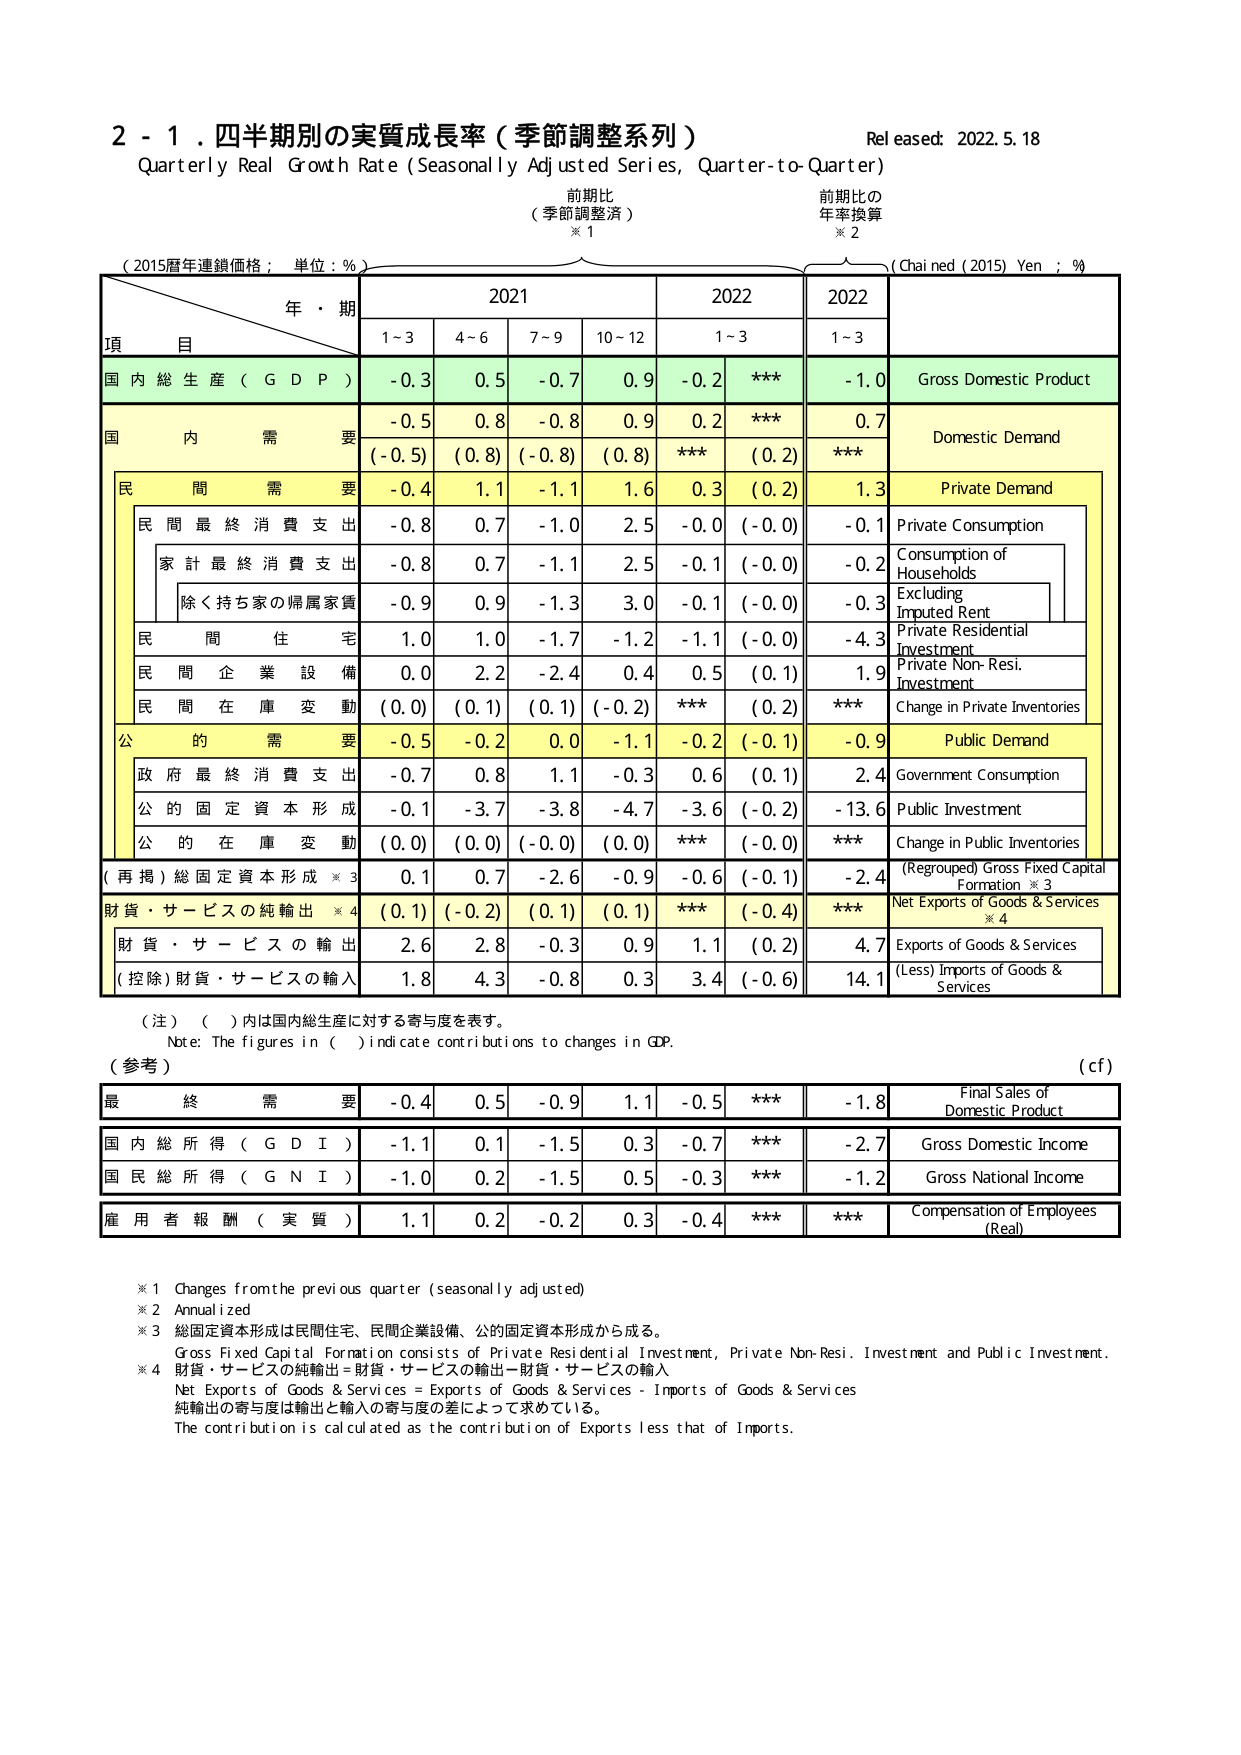
2 - 1. 四半期別の実質成長率（季節調整系列）
Quarterly Real Growth Rate (Seasonally Adjusted Series, Quarter-to-Quarter)
Released: 2022.5.18

前期比
（季節調整済）
※1

前期比の
年率換算
※2

（2015暦年連鎖価格；単位：%）
(Chained (2015) Yen ; %)

年・期
2021
2022
2022

項 目
1~3
4~6
7~9
10~12
1~3
1~3

国内総生産（GDP）
-0.3
0.5
-0.7
0.9
-0.2
***
-1.0
Gross Domestic Product

国内需要
-0.5
0.8
-0.8
0.9
0.2
***
0.7
Domestic Demand
(-0.5)
(0.8)
(-0.8)
(0.8)
***
(0.2)
***

民間需要
-0.4
1.1
-1.1
1.6
0.3
(0.2)
1.3
Private Demand

民間最終消費支出
-0.8
0.7
-1.0
2.5
-0.0
(-0.0)
-0.1
Private Consumption

家計最終消費支出
-0.8
0.7
-1.1
2.5
-0.1
(-0.0)
-0.2
Consumption of Households

除く持ち家の帰属家賃
-0.9
0.9
-1.3
3.0
-0.1
(-0.0)
-0.3
Excluding Imputed Rent

民間住宅
1.0
1.0
-1.7
-1.2
-1.1
(-0.0)
-4.3
Private Residential Investment

民間企業設備
0.0
2.2
-2.4
0.4
0.5
(0.1)
1.9
Private Non-Resi. Investment

民間在庫変動
(0.0)
(0.1)
(0.1)
(-0.2)
***
(0.2)
***
Change in Private Inventories

公的需要
-0.5
-0.2
0.0
-1.1
-0.2
(-0.1)
-0.9
Public Demand

政府最終消費支出
-0.7
0.8
1.1
-0.3
0.6
(0.1)
2.4
Government Consumption

公的固定資本形成
-0.1
-3.7
-3.8
-4.7
-3.6
(-0.2)
-13.6
Public Investment

公的在庫変動
(0.0)
(0.0)
(-0.0)
(0.0)
***
(-0.0)
***
Change in Public Inventories

（再掲）総固定資本形成 ※3
0.1
0.7
-2.6
-0.9
-0.6
(-0.1)
-2.4
(Regrouped) Gross Fixed Capital Formation ※3

財貨・サービスの純輸出 ※4
(0.1)
(-0.2)
(0.1)
(0.1)
***
(-0.4)
***
Net Exports of Goods & Services ※4

財貨・サービスの輸出
2.6
2.8
-0.3
0.9
1.1
(0.2)
4.7
Exports of Goods & Services

（控除）財貨・サービスの輸入
1.8
4.3
-0.8
0.3
3.4
(-0.6)
14.1
(Less) Imports of Goods & Services

（注）（ ）内は国内総生産に対する寄与度を表す。
Note: The figures in ( ) indicate contributions to changes in GDP.

（参考）
(cf)

最終需要
-0.4
0.5
-0.9
1.1
-0.5
***
-1.8
Final Sales of Domestic Product

国内総所得（GDI）
-1.1
0.1
-1.5
0.3
-0.7
***
-2.7
Gross Domestic Income

国民総所得（GNI）
-1.0
0.2
-1.5
0.5
-0.3
***
-1.2
Gross National Income

雇用者報酬（実質）
1.1
0.2
-0.2
0.3
-0.4
***
***
Compensation of Employees (Real)

※1 Changes from the previous quarter (seasonally adjusted)
※2 Annualized
※3 総固定資本形成は民間住宅、民間企業設備、公的固定資本形成から成る。
Gross Fixed Capital Formation consists of Private Residential Investment, Private Non-Resi. Investment and Public Investment.
※4 財貨・サービスの純輸出＝財貨・サービスの輸出－財貨・サービスの輸入
Net Exports of Goods & Services = Exports of Goods & Services - Imports of Goods & Services
純輸出の寄与度は輸出と輸入の寄与度の差によって求めている。
The contribution is calculated as the contribution of Exports less that of Imports.